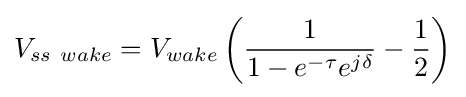
V_{ss\ wake}=V_{wake}\left({\frac {1}{1-e^{-\tau }e^{j\delta }}}-{\frac {1}{2}}\right)